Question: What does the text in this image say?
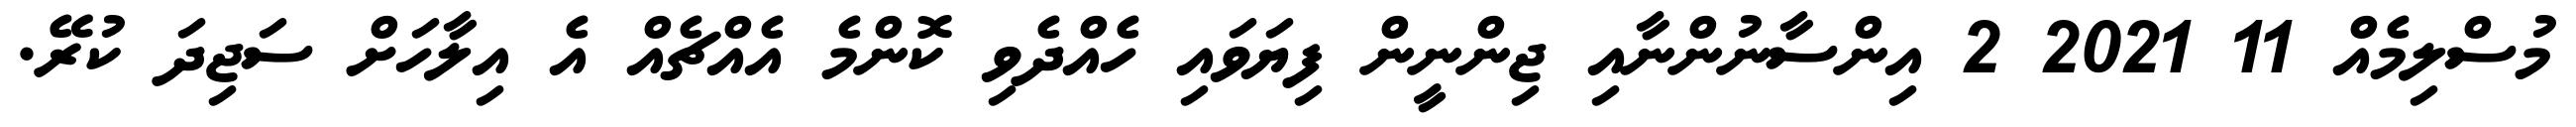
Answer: މުސްލިމެއް 11 2021 2 އިންސާނުންނާއި ޖިންނީން ފިޔަވައި ހެއްދެވި ކޮންމެ އެއްޗެއް އެ އިލާހަށް ސަޖިދަ ކުރޭ.